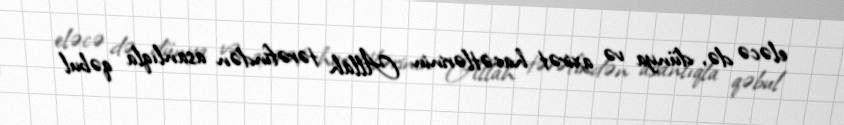
eləcə də, dünya və axirət hacətlərinin Allah tərəfindən asanlıqla qəbul